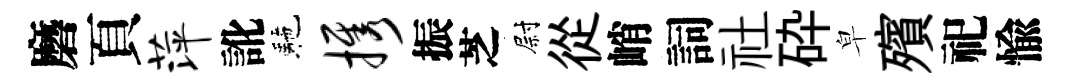
磨頁萍訛駰携振芝尉從峭詞社砕皁殯祀愉